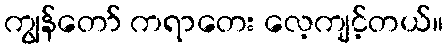
ကျွန်တော် ကရာတေး လေ့ကျင့်တယ်။